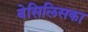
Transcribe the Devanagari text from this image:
बेसिलिसका